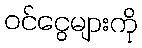
ဝင်ငွေများကို